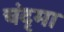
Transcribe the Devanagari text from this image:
चंदृमा